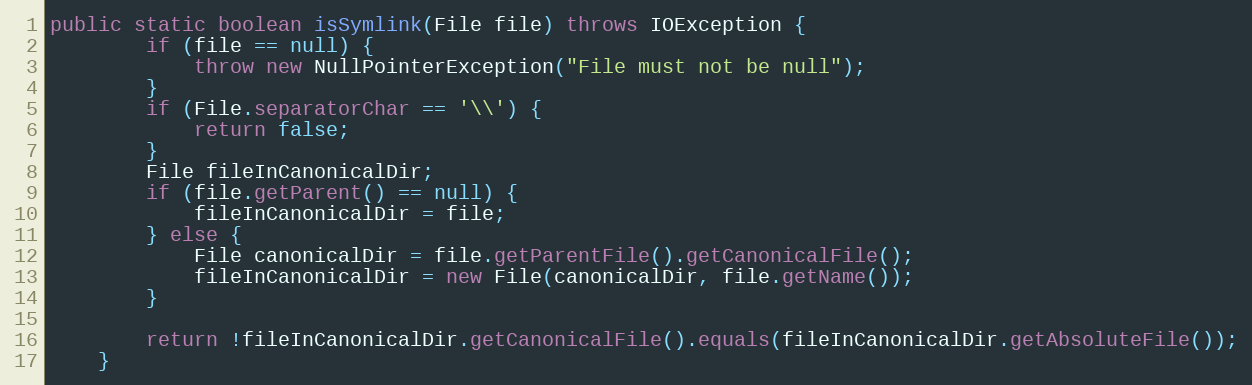
Language: Java
public static boolean isSymlink(File file) throws IOException {
        if (file == null) {
            throw new NullPointerException("File must not be null");
        }
        if (File.separatorChar == '\\') {
            return false;
        }
        File fileInCanonicalDir;
        if (file.getParent() == null) {
            fileInCanonicalDir = file;
        } else {
            File canonicalDir = file.getParentFile().getCanonicalFile();
            fileInCanonicalDir = new File(canonicalDir, file.getName());
        }

        return !fileInCanonicalDir.getCanonicalFile().equals(fileInCanonicalDir.getAbsoluteFile());
    }